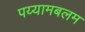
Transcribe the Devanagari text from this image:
पय्यामबलम